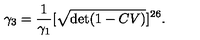
\gamma _ { 3 } = \frac { 1 } { \gamma _ { 1 } } [ \sqrt { \det ( 1 - C V ) } ] ^ { 2 6 } .